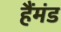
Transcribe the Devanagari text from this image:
हैंमंड